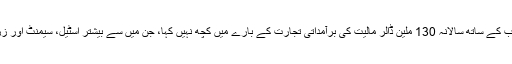
تہران نے سعودی عرب کے ساتھ سالانہ 130 ملین ڈالر مالیت کی برآمداتی تجارت کے بارے میں کچھ نہیں کہا، جن میں سے بیشتر اسٹیل، سیمنٹ اور زرعی پیداوار ہوتی ہیں۔